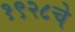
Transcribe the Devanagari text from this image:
१९२८चे